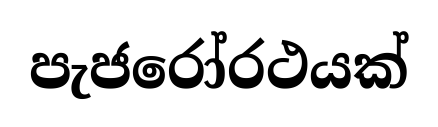
පැජරෝරථයක්